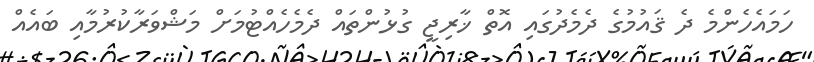
ހަމައެހެންމެ ދެ ޤައުމުގެ ދެމެދުގައި އޮތް ޚާރިޖީ ގުޅުންތައް ދެމެހެއްޓުމަށް މަޝްވަރާކުރުމާއި ބައެއް